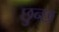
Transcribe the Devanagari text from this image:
छुन्छ